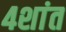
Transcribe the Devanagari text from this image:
४शांत